Report of the Bombay Plague Committee
Disease focus: Plague
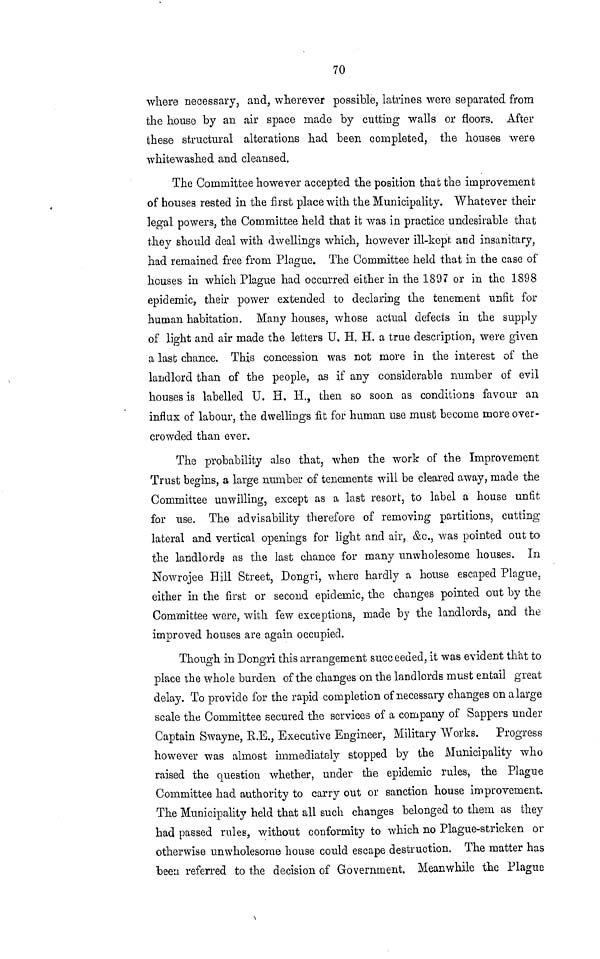
70
where necessary, and, wherever possible, latrines were separated from
the house by an air space made by cutting walls or floors. After
these structural alterations had been completed, the houses were
whitewashed and cleansed.
The Committee however accepted the position that the improvement
of houses rested in the first place with the Municipality. Whatever their
legal powers, the Committee held that it was in practice undesirable that
they should deal with dwellings which, however ill-kept and insanitary,
had remained free from Plague. The Committee held that in the case of
houses in which Plague had occurred either in the 1897 or in the 1S98
epidemic, their power extended to declaring the tenement unfit for
human habitation. Many houses, whose actual defects in the supply
of light and air made the letters U. H. H. a true description, were given
a last chance. This concession was not more in the interest of the
landlord than of the people, as if any considerable number of evil
houses is labelled U. H. H., then so soon as conditions favour an
influx of labour, the dwellings fit for human use must become more over-
crowded than ever.
The probability also that, when the work of the Improvement
Trust begins, a large number of tenements will be cleared away, made the
Committee unwilling, except as a last resort, to label a house unfit
for use. The advisability therefore of removing partitions, cutting
lateral and vertical openings for light and air, &c., was pointed out to
the landlords as the last chance for many unwholesome houses. In
Nowrojee Hill Street, Dongri, where hardly a house escaped Plague,
either in the first or second epidemic, the changes pointed out by the
Committee were, with few exceptions, made by the landlords, and the
improved houses are again occupied.
Though in Dongri this arrangement succeeded, it was evident that to
place the whole burden of the changes on the landlords must entail great
delay. To provide for the rapid completion of necessary changes on a large
scale the Committee secured the services of a company of Sappers under
Captain Swayne, R.E., Executive Engineer, Military Works.
Progress
however was almost immediately stopped by the Municipality who
raised the question whether, under the epidemic rules, the Plague
Committee had authority to carry out or sanction house improvement.
The Municipality held that all such changes belonged to them as they
had passed rules, without conformity to which no Plague-stricken or
otherwise unwholesome house could escape destruction. The matter has
been referred to the decision of Government, Meanwhile the Plague